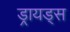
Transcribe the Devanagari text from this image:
ड्रायड्स